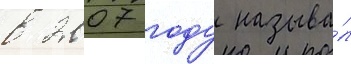
в 2007 году называ́л